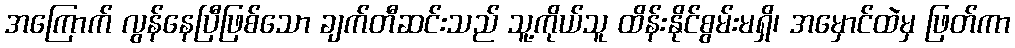
အကြောက် လွန်နေပြီဖြစ်သော ချက်တီဆင်းသည် သူ့ကိုယ်သူ ထိန်းနိုင်စွမ်းမရှိ၊ အမှောင်ထဲမှ ဖြတ်ကာ